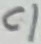
Text: C1